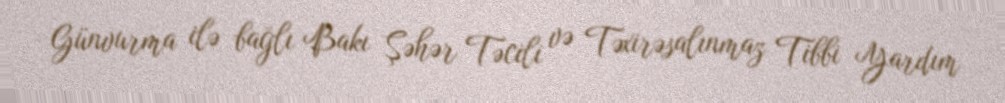
Günvurma ilə bağlı Bakı Şəhər Təcili və Təxirəsalınmaz Tibbi Yardım